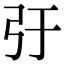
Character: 弙